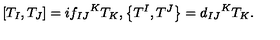
\left[ T _ { I } , T _ { J } \right] = i { f _ { I J } } ^ { K } T _ { K } , \left\{ T ^ { I } , T ^ { J } \right\} = { d _ { I J } } ^ { K } T _ { K } . \nonumber